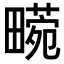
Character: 𤳙